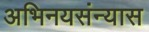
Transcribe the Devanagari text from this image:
अभिनयसंन्यास